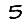
Digit: 5